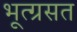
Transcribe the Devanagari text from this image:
भूत्ग्रसत